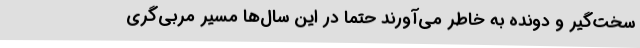
سخت‌گیر و دونده به خاطر می‌آورند حتماً در این سال‌ها مسیر مربی‌گری